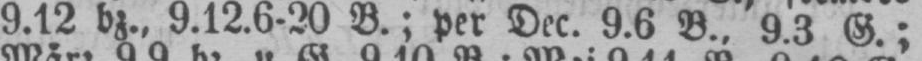
9.12 bz., 9.12.6-20 B.; per Dec. 9.6 B., 9.3 G.;